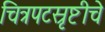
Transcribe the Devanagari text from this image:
चित्रपटस्रृष्टीचे